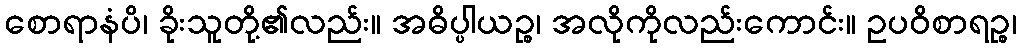
စောရာနံပိ၊ ခိုးသူတို့၏လည်း။ အဓိပ္ပါယဉ္စ၊ အလိုကိုလည်းကောင်း။ ဥပဝိစာရဉ္စ၊